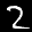
Label: 2